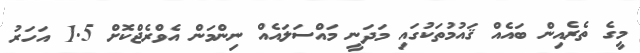
މީގެ ތެރެއިން ބައެއް ޤައުމުތަކުގައި މަދަނީ މައްސަލައެއް ނިންމަން އެވްރެޖްކޮށް 1.5 އަހަރު